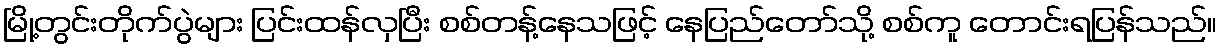
မြို့တွင်းတိုက်ပွဲများ ပြင်းထန်လှပြီး စစ်တန့်နေသဖြင့် နေပြည်တော်သို့ စစ်ကူ တောင်းရပြန်သည်။